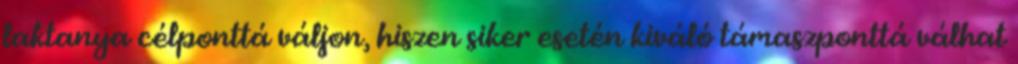
laktanya célponttá váljon, hiszen siker esetén kiváló támaszponttá válhat